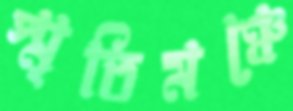
স্মৃতিমঞ্চে